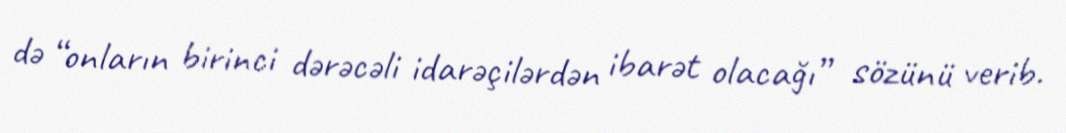
də “onların birinci dərəcəli idarəçilərdən ibarət olacağı” sözünü verib.